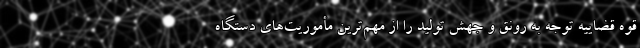
قوه قضاییه توجه به رونق و جهش تولید را از مهم‌ترین مأموریت‌های دستگاه